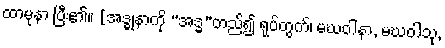
ထာမုနာ ပြီး၏။ [အဒ္ဓုနာကို “အဒ္ဓ”တည်၍ ရုပ်တွက်၊ မဃဝါနာ, မဃဝါသု,